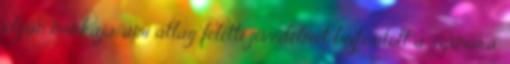
olyan munkája, ami átlag feletti jövedelmet biztosított a számára,